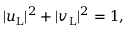
\begin{array} { r } { | u _ { \mathrm { L } } | ^ { 2 } + | v _ { \mathrm { L } } | ^ { 2 } = 1 , } \end{array}